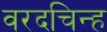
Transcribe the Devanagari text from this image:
वरदचिन्ह